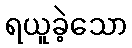
ရယူခဲ့သော